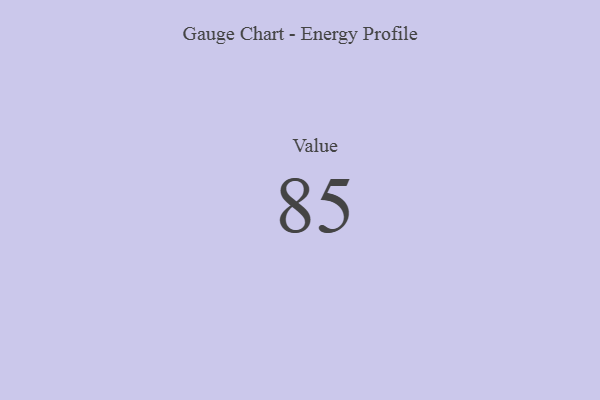
{"axis": {"x": "Metric", "y": "Value"}, "legend": [""], "data": [{"x": "Value", "y": 85, "type": ""}]}